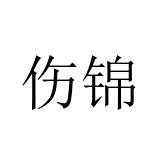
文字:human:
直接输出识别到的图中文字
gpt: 伤锦